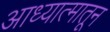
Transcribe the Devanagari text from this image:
आध्यात्मातून